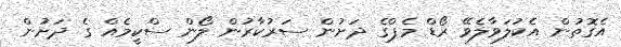
އެގޮތުން އެކުލަވާލެވޭ ރޯޑް މެޕްގެ ދަށުން ސަރުކާރުން ލޯން ސްކީމެއް ގެ ދަށުން